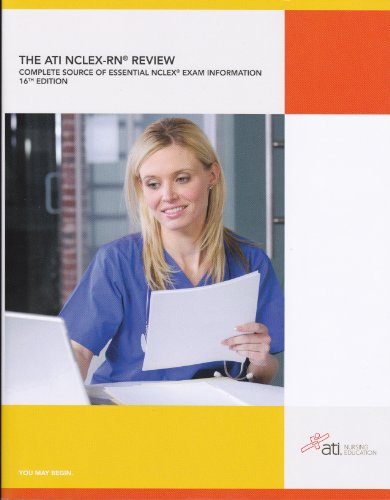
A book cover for The ATI NCLEX-RN Review: Complete Source of Essential NCLEX Exam Information 16th Edition; Ati; Medical Books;